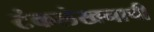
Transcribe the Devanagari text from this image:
टंकलेखनाची